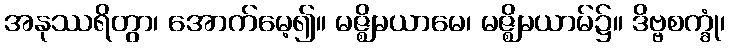
အနုဿရိတွာ၊ အောက်မေ့၍။ မဇ္ဈိမယာမေ၊ မဇ္ဈိမယာမ်၌။ ဒိဗ္ဗစက္ခုံ၊